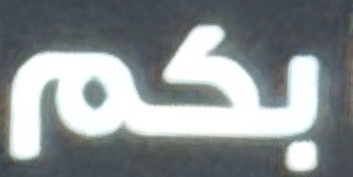
بكم